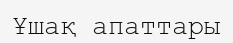
Ұшақ апаттары